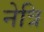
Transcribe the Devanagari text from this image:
नेत्रि